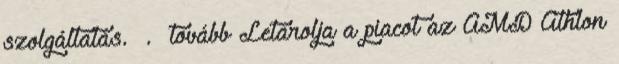
szolgáltatás. . tovább Letarolja a piacot az AMD Athlon